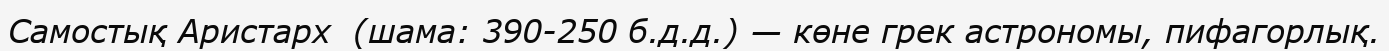
Самостық Аристарх  (шама: 390-250 б.д.д.) — көне грек астрономы, пифагорлық.